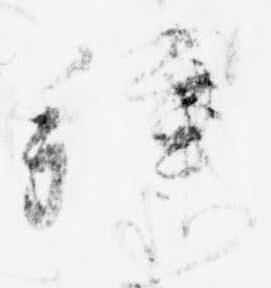
拝